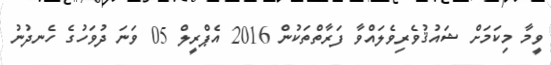
ވީމާ މިކަމަށް ޝައުޤުވެރިވެލައްވާ ފަރާތްތަކުން 2016 އެޕްރީލް 05 ވަނަ ދުވަހުގެ ހެނދުނު